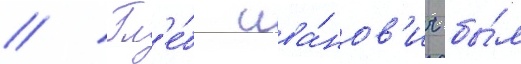
// Гл'е́б ива́нов'ич бы́л